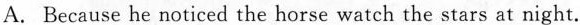
A. Because he noticed the horse watch the stars at night.